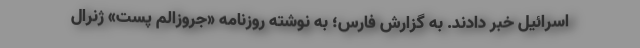
اسرائیل خبر دادند. به گزارش فارس؛ به نوشته روزنامه «جروزالم پست» ژنرال